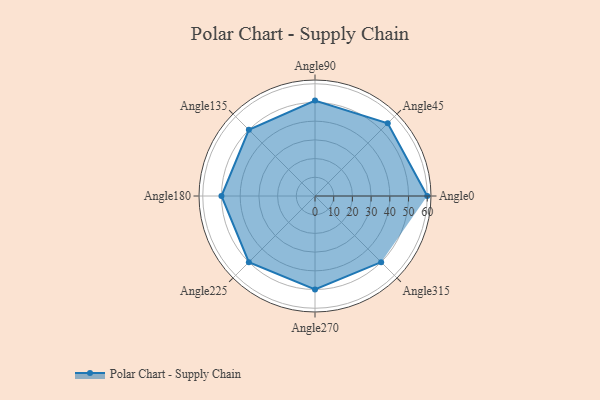
{"axis": {"x": "Angle", "y": "Radius"}, "legend": [""], "data": [{"x": "Angle0", "y": 60.0, "type": ""}, {"x": "Angle45", "y": 55.0, "type": ""}, {"x": "Angle90", "y": 51.0, "type": ""}, {"x": "Angle135", "y": 50, "type": ""}, {"x": "Angle180", "y": 50, "type": ""}, {"x": "Angle225", "y": 50, "type": ""}, {"x": "Angle270", "y": 50, "type": ""}, {"x": "Angle315", "y": 50, "type": ""}]}